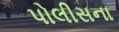
પોલીસના